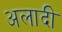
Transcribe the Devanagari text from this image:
अलादी